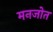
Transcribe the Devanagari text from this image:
मनजोत